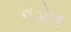
વડોલ